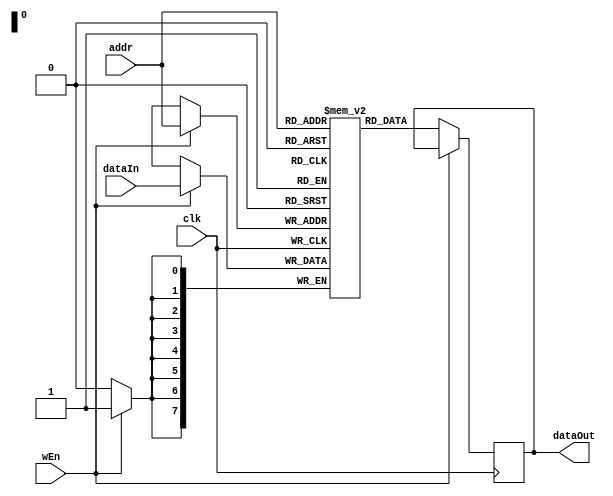
`timescale 1ns / 1ps
module RAM #( parameter DATA_WIDTH = 8, ADDRESS_WIDTH = 8, DEPTH = 256, MEMFILE = "") (
    input wire                     clk,
    input wire                     wEn,
    input wire [ADDRESS_WIDTH-1:0] addr,
    input wire [DATA_WIDTH-1:0]    dataIn,
    output reg [DATA_WIDTH-1:0]    dataOut);
    
    reg[DATA_WIDTH-1:0] MemoryArray[0:DEPTH-1];
    
    initial begin
        if(MEMFILE > 0) begin
            $readmemh(MEMFILE, MemoryArray);
        end
    end
    
    always @(posedge clk) begin
        if(wEn) begin
            MemoryArray[addr] <= dataIn;
        end else begin
            dataOut <= MemoryArray[addr];
        end
    end
endmodule